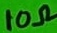
Text: 10Ω